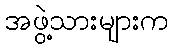
အဖွဲ့သားများက